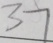
3 7